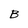
Character: B